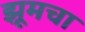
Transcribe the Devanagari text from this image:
झूमचा